Leningradi_Edasi_toimetus, lk 35
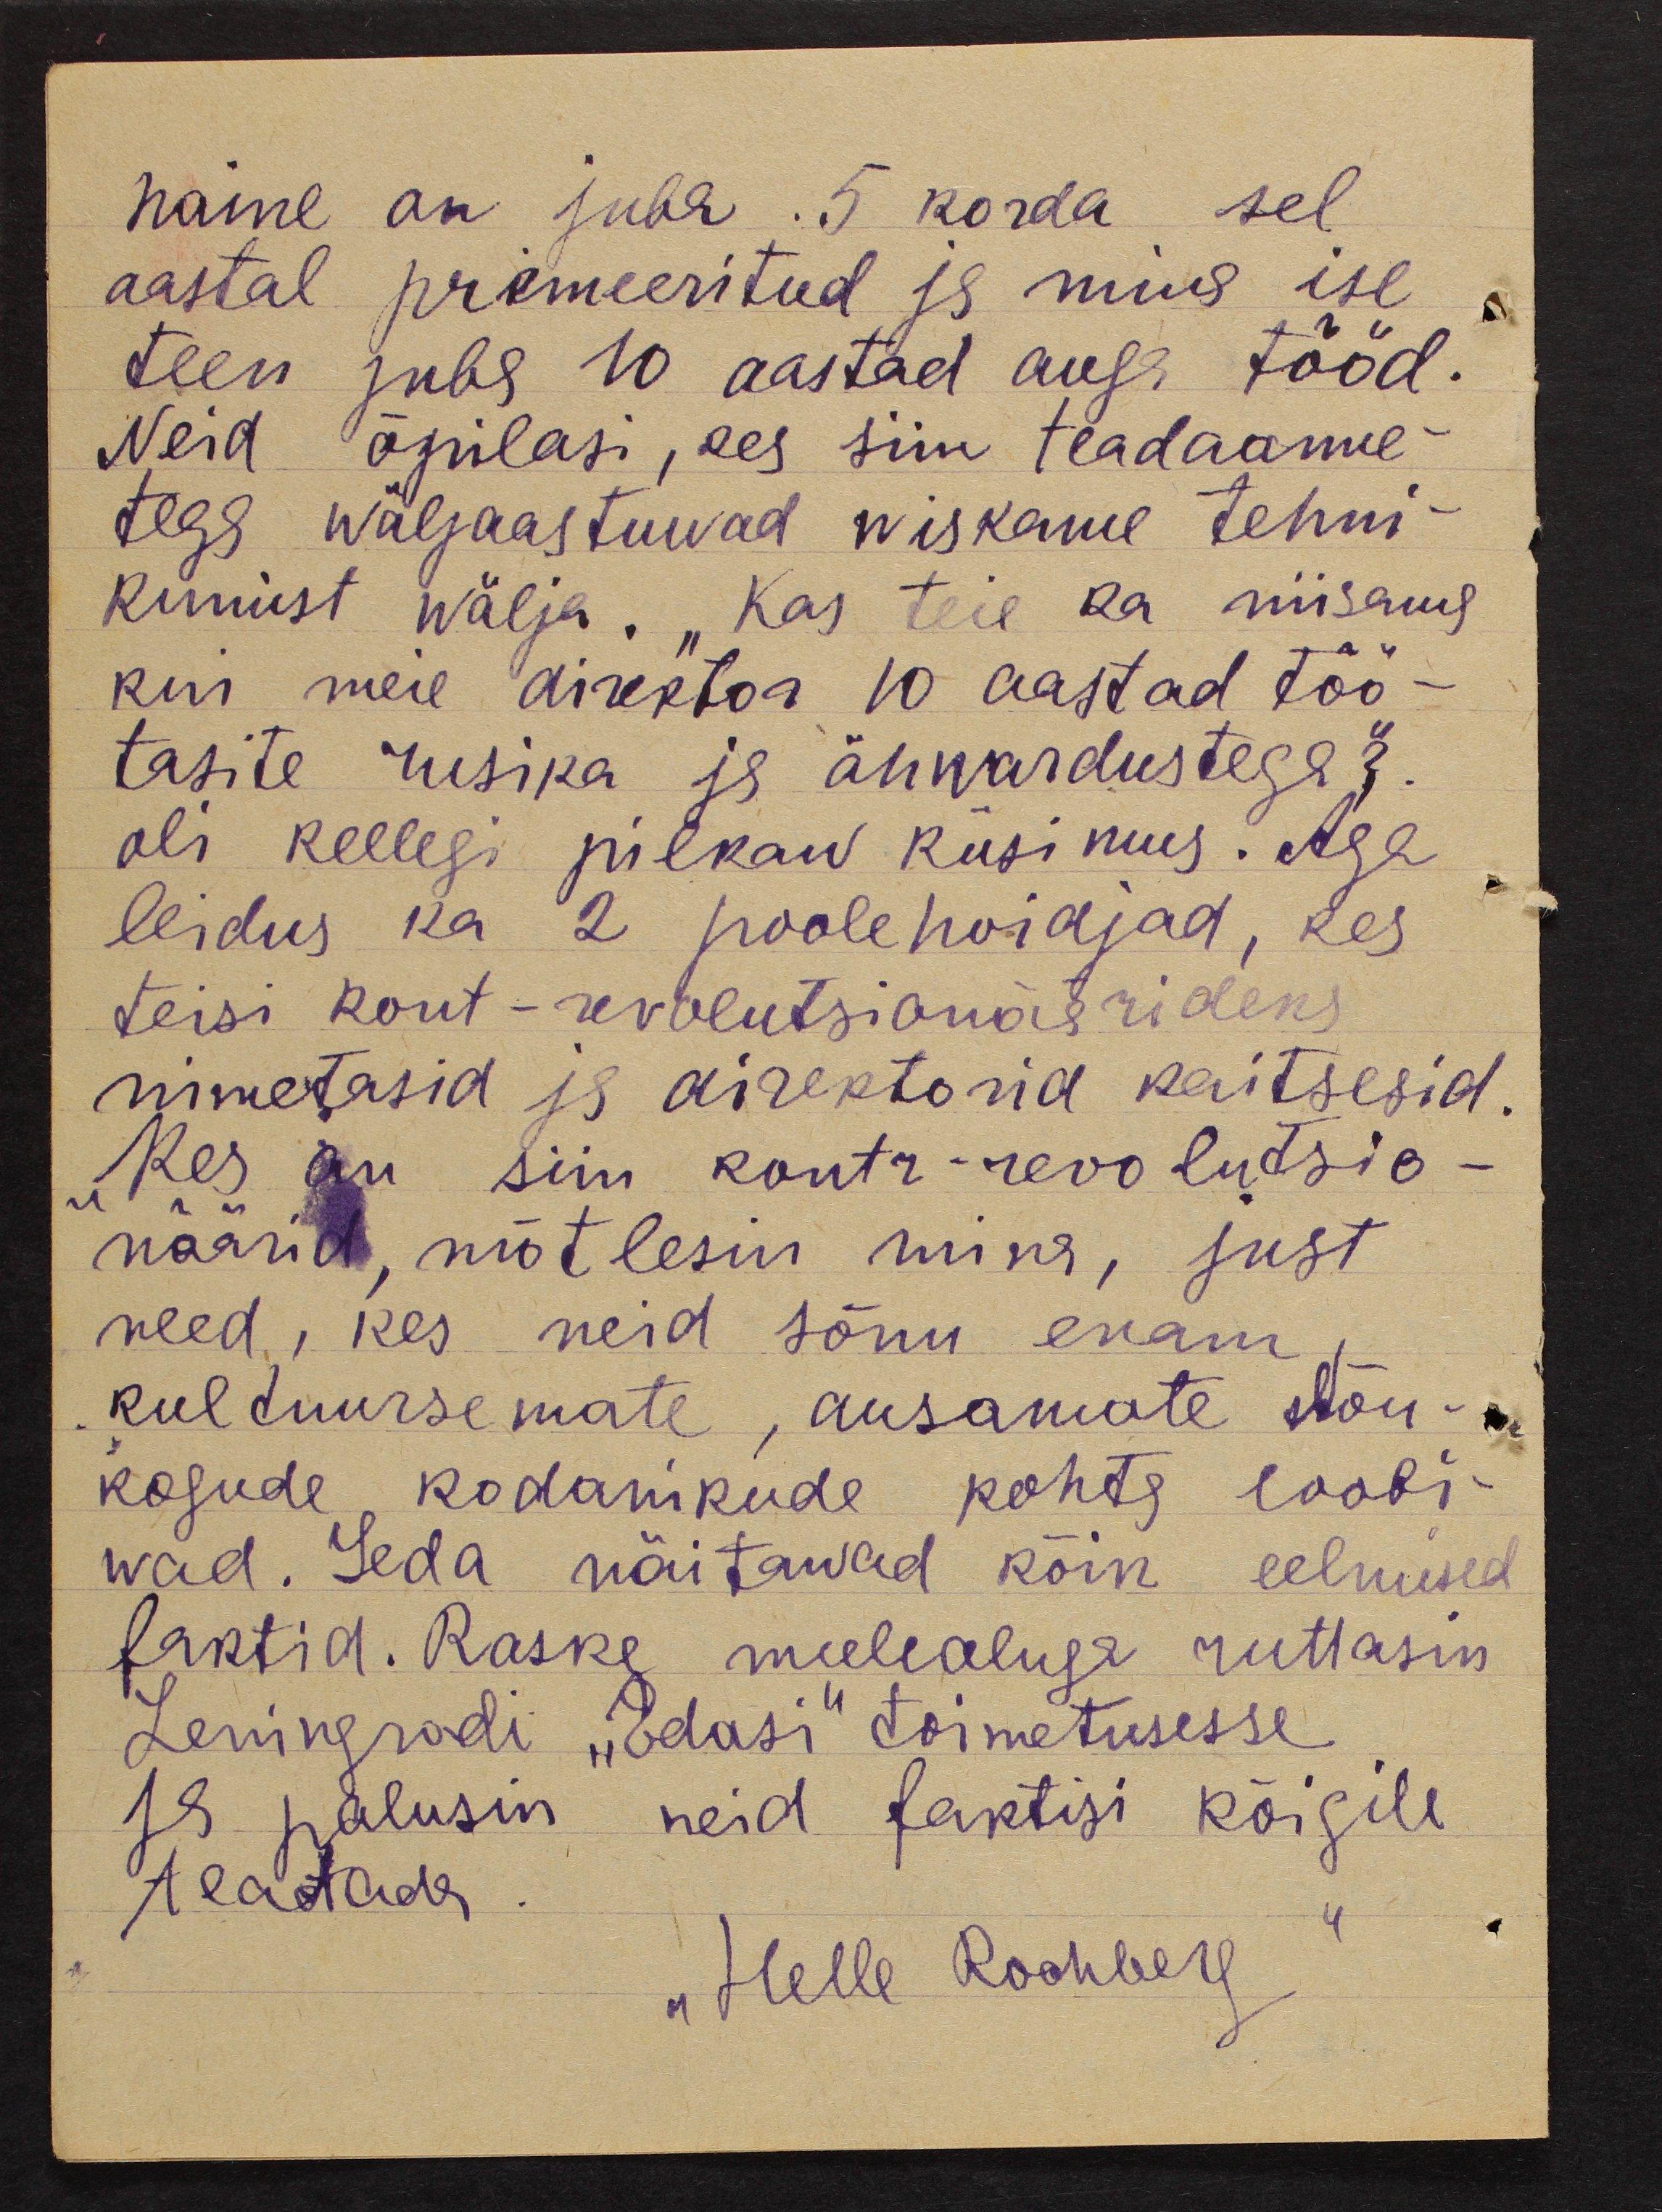
naine on juba 5 korda sel
aastal premeeritud ja mina ise
teen juba 10 aastad auga tööd.
Neid õpilasi, ees siin teadaanne-
tega wäljaastuwad wiskame tehni-
kumist wälja. "Kas teie ka niisama
kui meie direktor 10 aastad töö-
tasite rusika ja ähwardustega?"
oli kellegi pilkaw küsimus. Aga
leidus ka 2 poolehoidjad, kes
teisi kont-revolutsionäärideks
nimetasid ja direktorid kaitsesid.
Kes on siin kontr-revolutsio-
näärid, mõtlesin mina, just
need, kes neid sõnu enam
kultuursemate, ausamate Nõu-
kogude kodanikude kohta loobi-
wad. Seda näitawad kõik eelmised
faktid. Raske meeleoluga ruttasin
Leningradi "Edasi" toimetusesse
ja palusin neid faktisi kõigile
teatada.
"Helle Roohberg